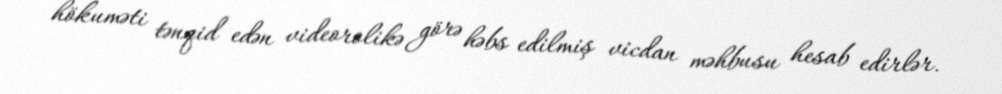
hökuməti tənqid edən videorolikə görə həbs edilmiş vicdan məhbusu hesab edirlər.